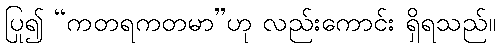
ပြု၍ “ကတရကတမာ”ဟု လည်းကောင်း ရှိရသည်။